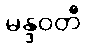
မန္ဒဝတီ